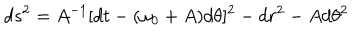
LaTeX: d s ^ { 2 } = A ^ { - 1 } [ d t - ( \omega _ { 0 } + A ) d \theta ] ^ { 2 } - d r ^ { 2 } - A d \theta ^ { 2 }